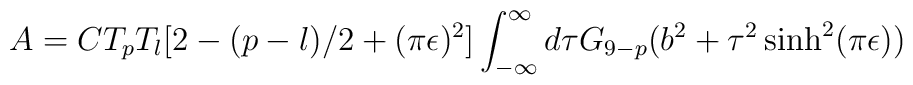
A=C T_{p} T_{l}[2-(p-l)/2 +(\pi \epsilon)^{2}]\int_{-\infty}^{\infty} d\tau G_{9-p}(b^2 +\tau^2 \sinh^{2}(\pi \epsilon))